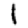
Digit: 1